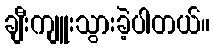
ချီးကျူးသွားခဲ့ပါတယ်။